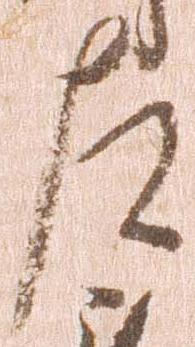
左